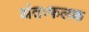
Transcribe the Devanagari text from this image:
अंतःफलक